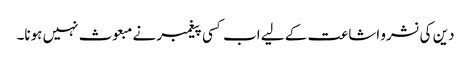
دین کی نشرو اشاعت کے لیے اب کسی پیغمبر نے مبعوث نہیں ہونا۔